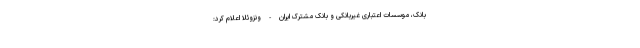
بانک، موسسات اعتباری غیربانکی و بانک مشترک ایران - ونزوئلا اعلام کرد: